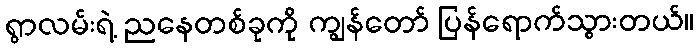
ရွာလမ်းရဲ့ ညနေတစ်ခုကို ကျွန်တော် ပြန်ရောက်သွားတယ်။